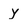
Character: y